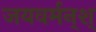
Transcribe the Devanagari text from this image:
जयवर्मन्‌श्